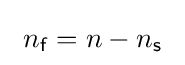
\ n_{\mathsf {f}}=n-n_{\mathsf {s}}\